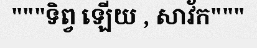
"""ទិព្វ ឡើយ , សាវ័ក"""